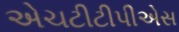
એચટીટીપીએસ